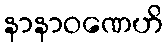
နာနာဝဏေဟိ